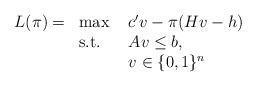
LaTeX: \begin{align*}\begin{array}{llll}L(\pi) = & \max \ & c' v - \pi(Hv - h) & \\& \mbox{s.t.} \ & Av \leq b, & \\&& v \in \{0,1\}^n &\end{array}\end{align*}